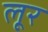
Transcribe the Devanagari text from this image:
लूर